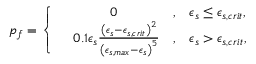
\begin{array} { r } { p _ { f } = \left\{ \begin{array} { r l r l } & { ~ ~ ~ ~ ~ ~ ~ ~ 0 } & { , } & { \epsilon _ { s } \le \epsilon _ { s , c r i t } , } \\ & { 0 . 1 \epsilon _ { s } \frac { \left( \epsilon _ { s } - \epsilon _ { s , c r i t } \right) ^ { 2 } } { \left( \epsilon _ { s , m a x } - \epsilon _ { s } \right) ^ { 5 } } } & { , } & { \epsilon _ { s } > \epsilon _ { s , c r i t } , } \end{array} \right. } \end{array}